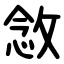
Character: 敜